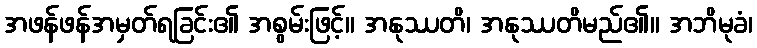
အဖန်ဖန်အမှတ်ရခြင်း၏ အစွမ်းဖြင့်။ အနုဿတိ၊ အနုဿတိမည်၏။ အဘိမုခံ၊